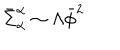
\bar { \Sigma } _ { \alpha } ^ { \alpha } \sim \Lambda \bar { \phi } ^ { 2 }